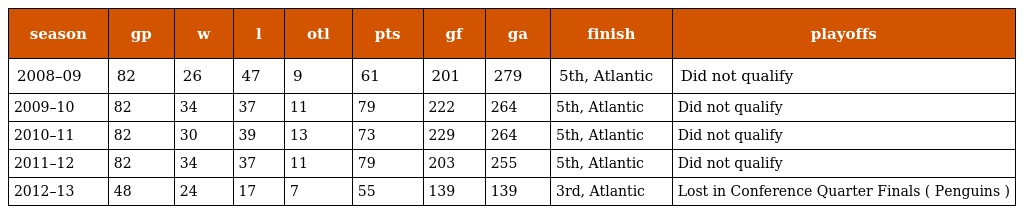
| season | gp | w | l | otl | pts | gf | ga | finish | playoffs |
 | --- | --- | --- | --- | --- | --- | --- | --- | --- | --- |
 | 2008–09 | 82 | 26 | 47 | 9 | 61 | 201 | 279 | 5th, Atlantic | Did not qualify |
 | 2009–10 | 82 | 34 | 37 | 11 | 79 | 222 | 264 | 5th, Atlantic | Did not qualify |
 | 2010–11 | 82 | 30 | 39 | 13 | 73 | 229 | 264 | 5th, Atlantic | Did not qualify |
 | 2011–12 | 82 | 34 | 37 | 11 | 79 | 203 | 255 | 5th, Atlantic | Did not qualify |
 | 2012–13 | 48 | 24 | 17 | 7 | 55 | 139 | 139 | 3rd, Atlantic | Lost in Conference Quarter Finals ( Penguins ) |